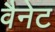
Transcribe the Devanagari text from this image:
वैनेट